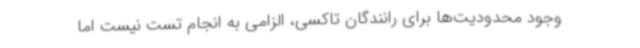
وجود محدودیت‌ها برای رانندگان تاکسی، الزامی به انجام تست نیست اما